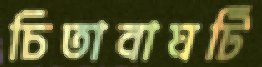
চিতাবাঘটি